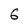
Character: 6